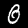
Label: 0